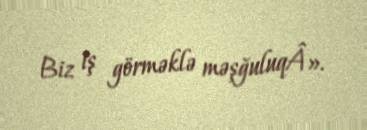
Biz iş görməklə məşğuluqÂ».